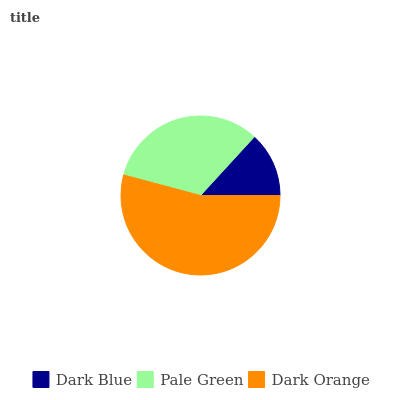
| Dark Blue | Pale Green | Dark Orange |
 | --- | --- | --- |
 | 13.2% | 32.6% | 54.1% |